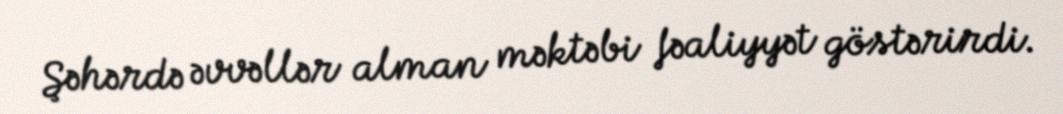
Şəhərdə əvvəllər alman məktəbi fəaliyyət göstərirdi.